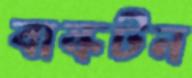
বাস্কটন